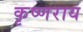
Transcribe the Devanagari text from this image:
कृष्णराय